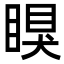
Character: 瞁